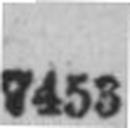
7453